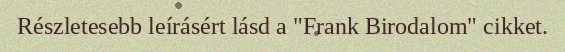
Részletesebb leírásért lásd a "Frank Birodalom" cikket.